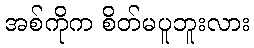
အစ်ကိုက စိတ်မပူဘူးလား